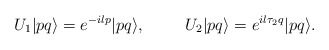
\begin{align*}U_1 | p q \rangle = e^{-i l p} | p q\rangle, \hspace{1cm} U_2 | p q\rangle = e^{i l \tau_2 q} | p q \rangle.\end{align*}